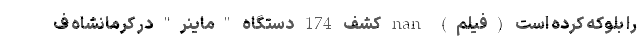
را بلوکه کرده است (فیلم) nan کشف 174 دستگاه "ماینر" در کرمانشاه ف